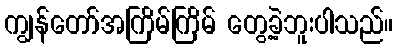
ကျွန်တော်အကြိမ်ကြိမ် တွေ့ခဲ့ဘူးပါသည်။